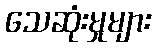
သေဆုံးမှုများ